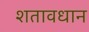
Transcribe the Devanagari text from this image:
शतावधान